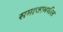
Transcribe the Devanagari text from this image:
समाजांमधील